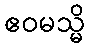
ဧဝမသ္မိ